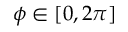
\phi \in [ 0 , 2 \pi ]